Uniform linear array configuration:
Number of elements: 64
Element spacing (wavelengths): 0.25
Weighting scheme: hann
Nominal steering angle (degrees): -45
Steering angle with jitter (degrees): -45.663
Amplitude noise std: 0.05
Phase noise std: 0.05

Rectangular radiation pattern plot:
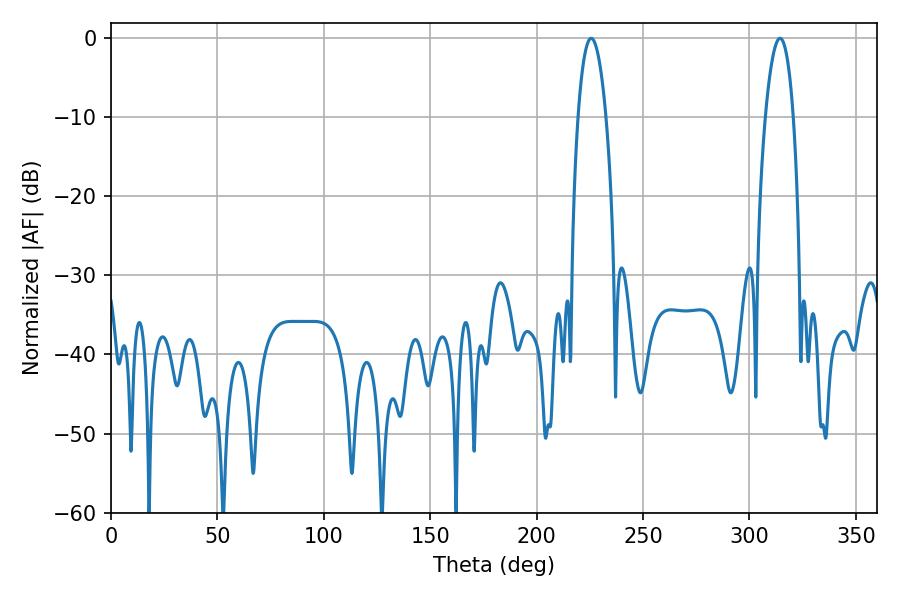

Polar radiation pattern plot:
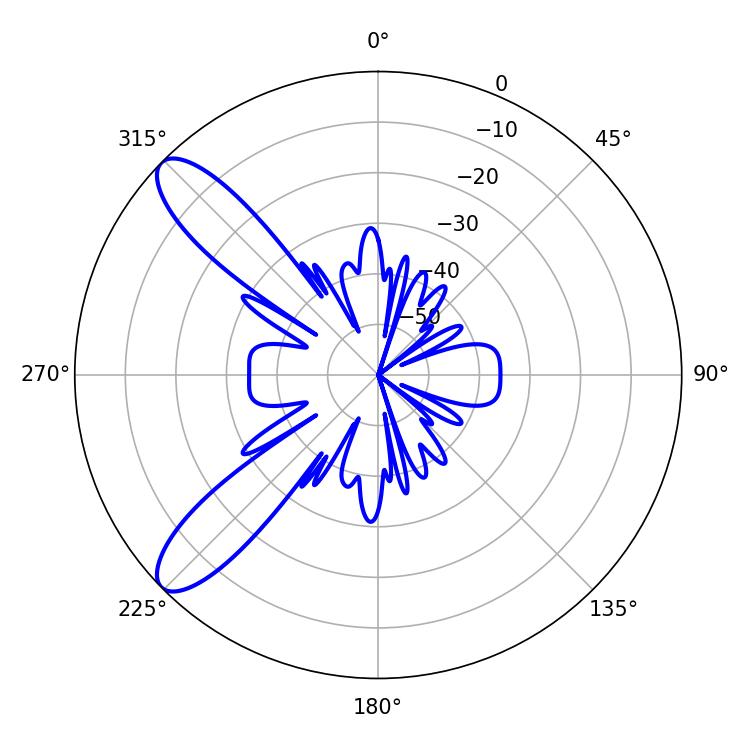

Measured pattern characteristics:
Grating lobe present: FALSE
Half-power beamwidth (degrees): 7.2
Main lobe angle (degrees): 225.54